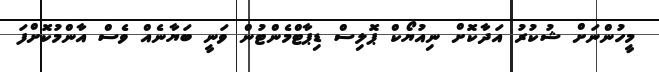
މީހުންނަށް ޝުކުރު އަދާކޮށް ނިއުޔޯކް ޕޮލިސް ޑިޕާޓްމެންޓުން ވަނީ ބަޔާނެއް ވެސް އާންމުކޮށްފަ